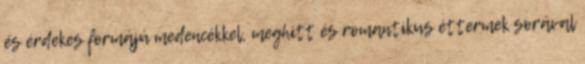
és érdekes formájú medencékkel, meghitt és romantikus éttermek sorával